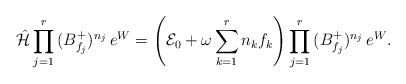
LaTeX: \begin{align*}\hat{\cal H}\prod_{j=1}^r\,(B_{f_j}^+)^{n_{j}}\,e^W =\left({\cal E}_0+\omega \sum_{k=1}^rn_k f_k\right)\prod_{j=1}^r\,(B_{f_j}^+)^{n_{j}}\,e^W.\end{align*}